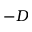
- D